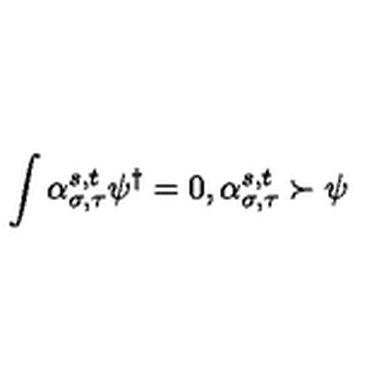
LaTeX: \int \alpha _ { \sigma , \tau } ^ { s , t } \psi ^ { \dagger } = 0 , \alpha _ { \sigma , \tau } ^ { s , t } \succ \psi